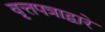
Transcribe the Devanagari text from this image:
वृत्तपत्राद्वारे